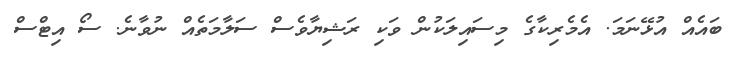
ބައެއް އުޅޭނަމަ. އެމެރިކާގެ މިސައިލަކުން ވަކި ރަޝިޔާވެސް ސަލާމަތެއް ނުވާނެ. ސޯ އިޓްސް